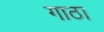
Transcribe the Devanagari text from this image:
गाठा